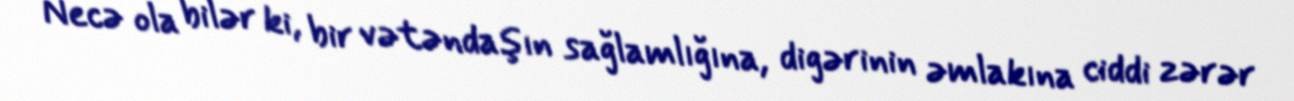
Necə ola bilər ki, bir vətəndaşın sağlamlığına, digərinin əmlakına ciddi zərər